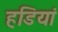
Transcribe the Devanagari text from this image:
हडियां